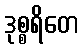
ဒုစ္စရိတေ